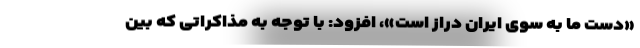
«دست ما به سوی ایران دراز است»، افزود: با توجه به مذاکراتی که بین